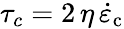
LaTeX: \tau_{c}=2\, \eta\, \dot{\varepsilon}_{\mathrm{c}}